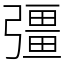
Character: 彊